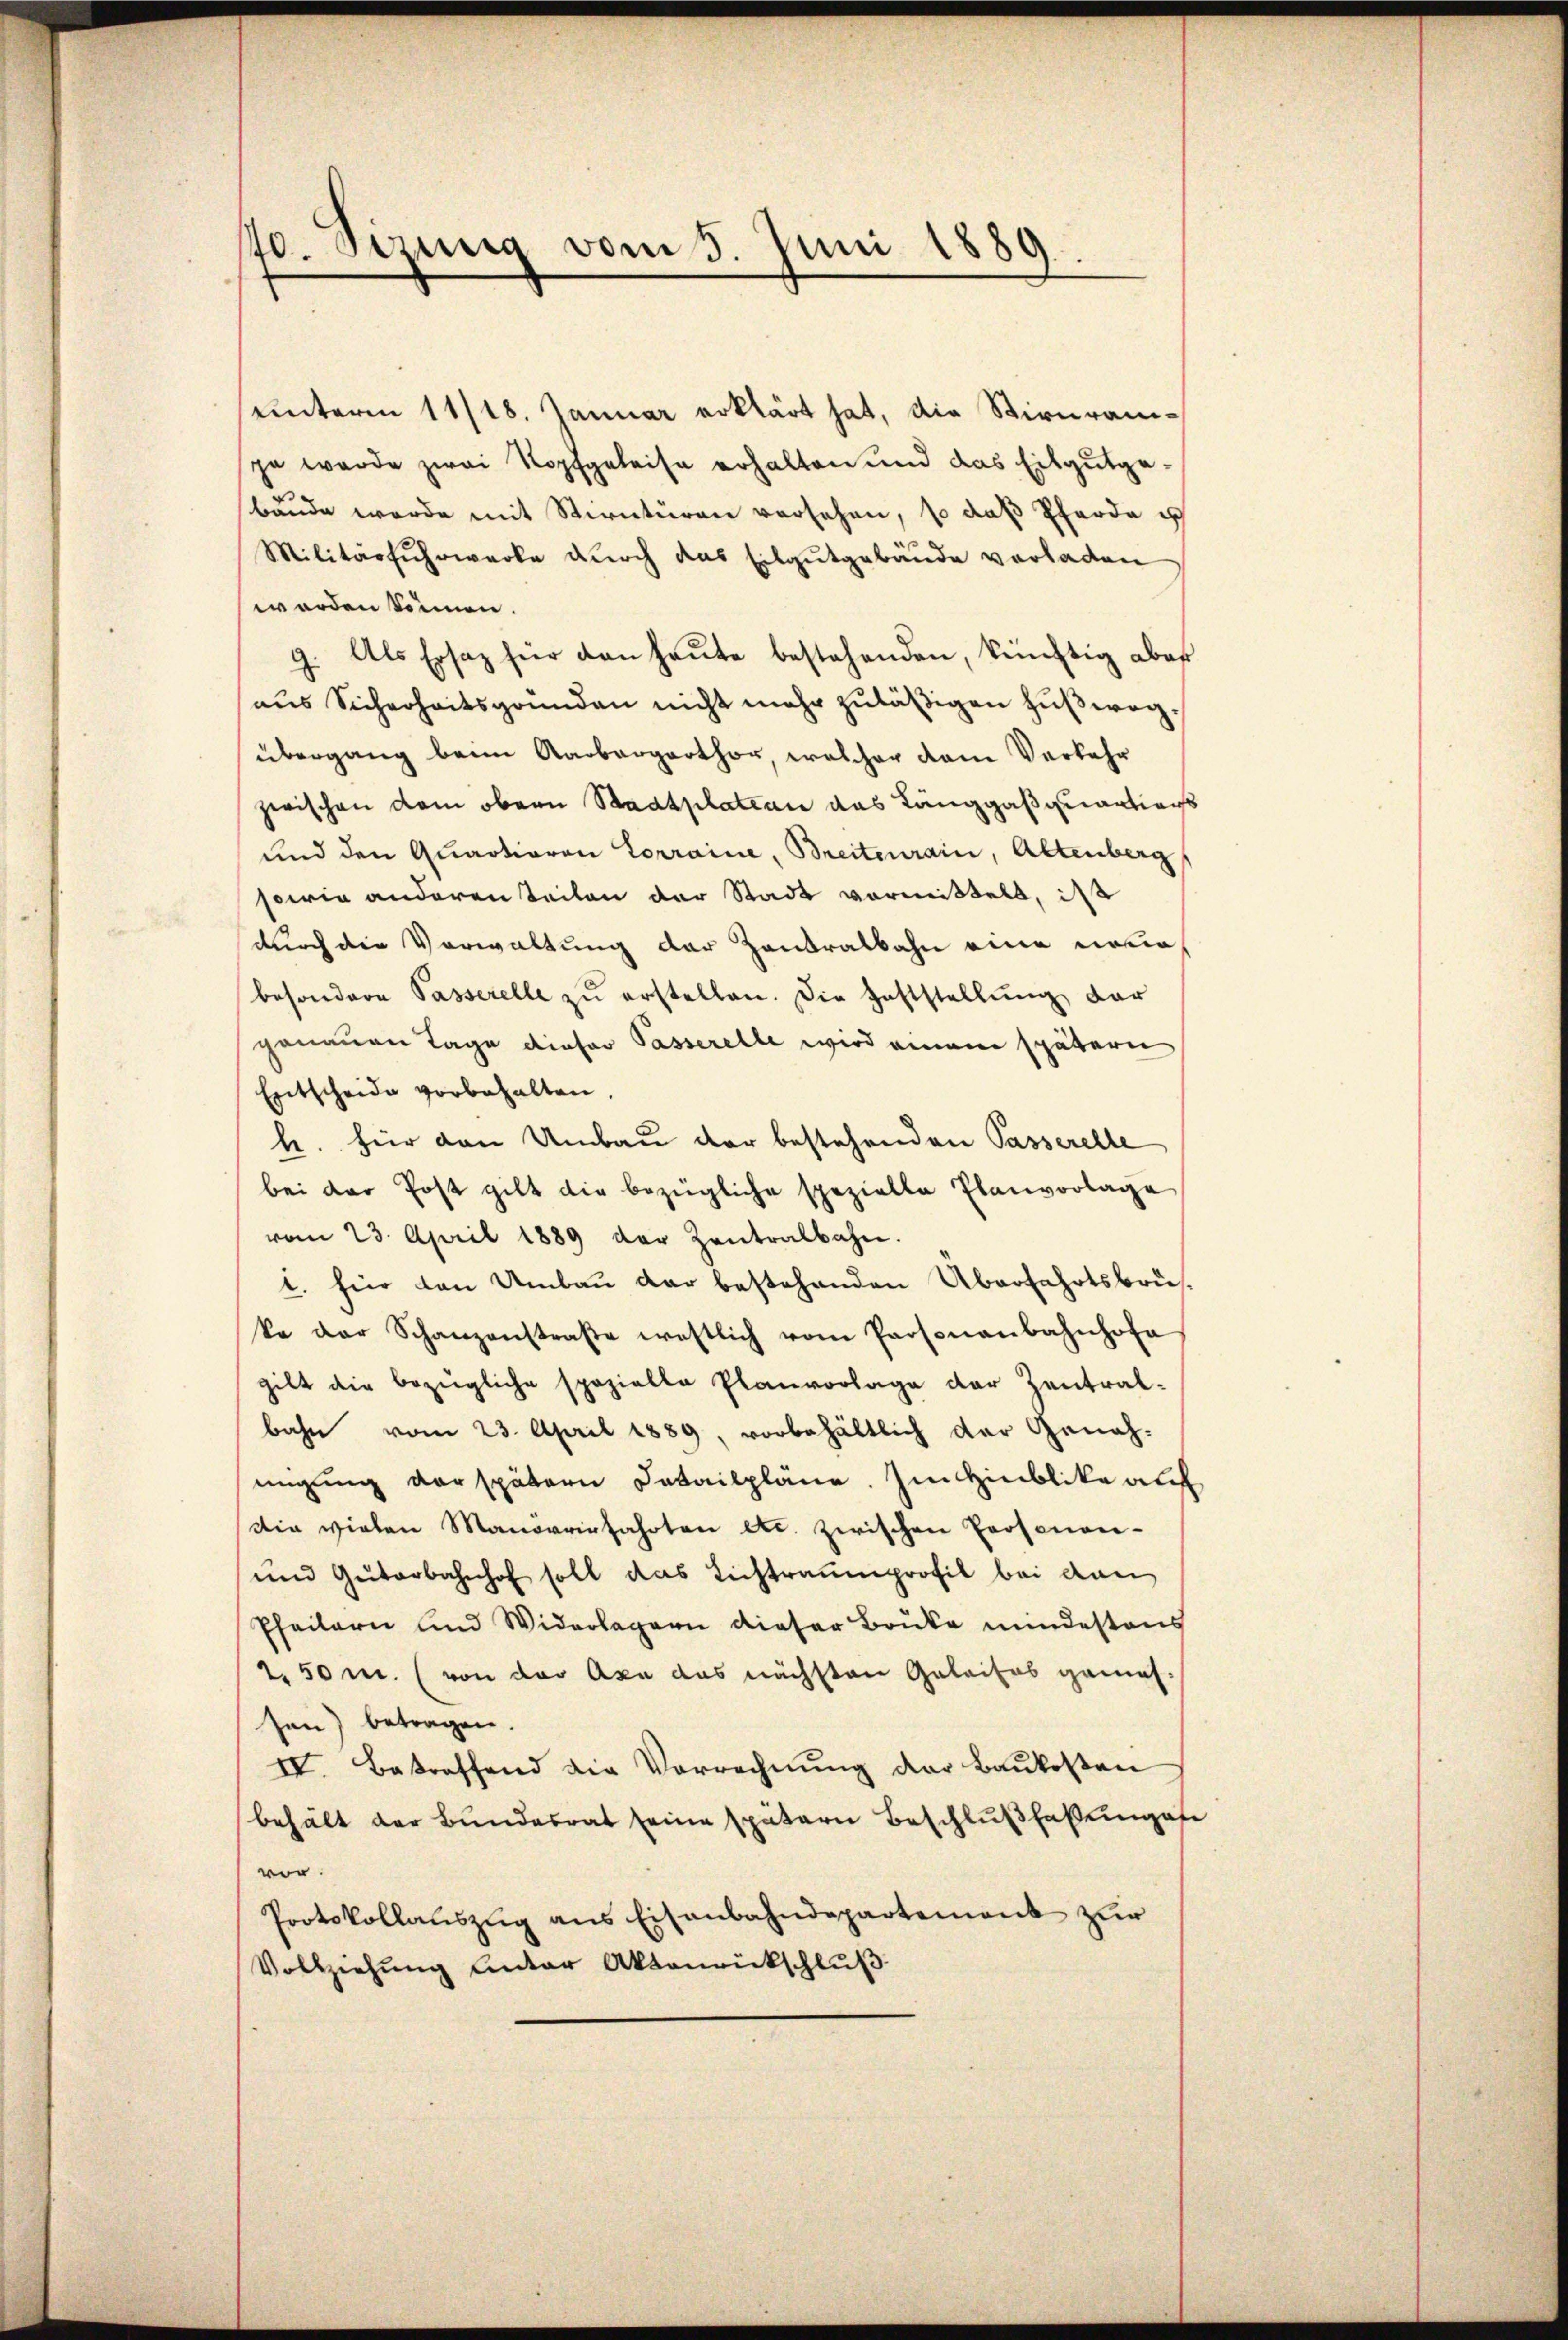
10. Sizung vom 5. Juni 1889.

unterm 11/18. Januar erklärt hat, die Stirnramja wurde zwei Kopfgeleise erhalten und das Eisgutgebäude werde mit Stirntüren versehen, so daß Pferde es
Militärfuhrwerke durch das Eilgutgebäude verladen
werden können.
9. Als Ersatz für den heŭte bestehenden, künftig aber
aus Sicherheitsgründen nicht mehr zuläßigen Fußwegübergang beim Raubargarthor, welcher dem Verkehr
zwischen dem obern Stadtplation das Langgasquantions
und den Quaotioren Lorraine, Breiterrain, Altenberg
sowie anderen Teilen der Stadt vormittelt, ist
durch die Vorwaltung der Zentralbahn eine neuebesondere Passerelle zŭ erstellen. Die Feststellŭng, dar
genauen Tage dieser Passerelle wird einem spätern
Entscheide vorbehalten.
h. für den Umbau der bestehenden Passerelle
bei der Post gilt die bezügliche spezielle Planvorlage
vom 23. April 1889 der Zentralbahn.
1. für den Umbau der bestehenden Überfahrtsbrüke der Schanzenstraβe westlich vom Personenbahnhofa
gilt die bezügliche spezielle Planvorlage der Zentral-
bahn vom 23. April 1889, vorbehältlich der Geneh-
migung der spätern Fatailpläne. Im Hinblike auf
Die vielen Manovrirfahrten etc. zwischen Prosonen-
und Güterbahnhof soll das Lichtraumprofil bei dan
Pfeilern und Widerlagern dieser Brüke mindestens
2.50 r. (von der Axe das nächsten Geleises ganzes
sen) betragen.
IV. Betreffend die Vorrechnŭng der Baŭkosten
behält der Bundesrat seine spätern Beschlußfaßungofe
vor.
Pootskollauszug aus Eisenbahndepartement zur
Vollziehung unter Aktenrückschluß